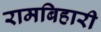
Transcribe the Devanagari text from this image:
रामबिहारी